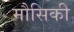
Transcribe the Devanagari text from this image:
मौसिकी